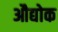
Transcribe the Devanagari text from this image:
औद्योक